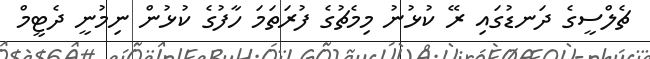
ޗެލްސީގެ ދަނޑުގައި ރޭ ކުޅުނު މިމެޗުގެ ފުރަތަމަ ހާފުގެ ކުޅުން ނިމުނީ ދެޓީމް